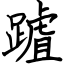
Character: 䠡